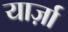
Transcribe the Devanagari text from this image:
यार्ज़ा